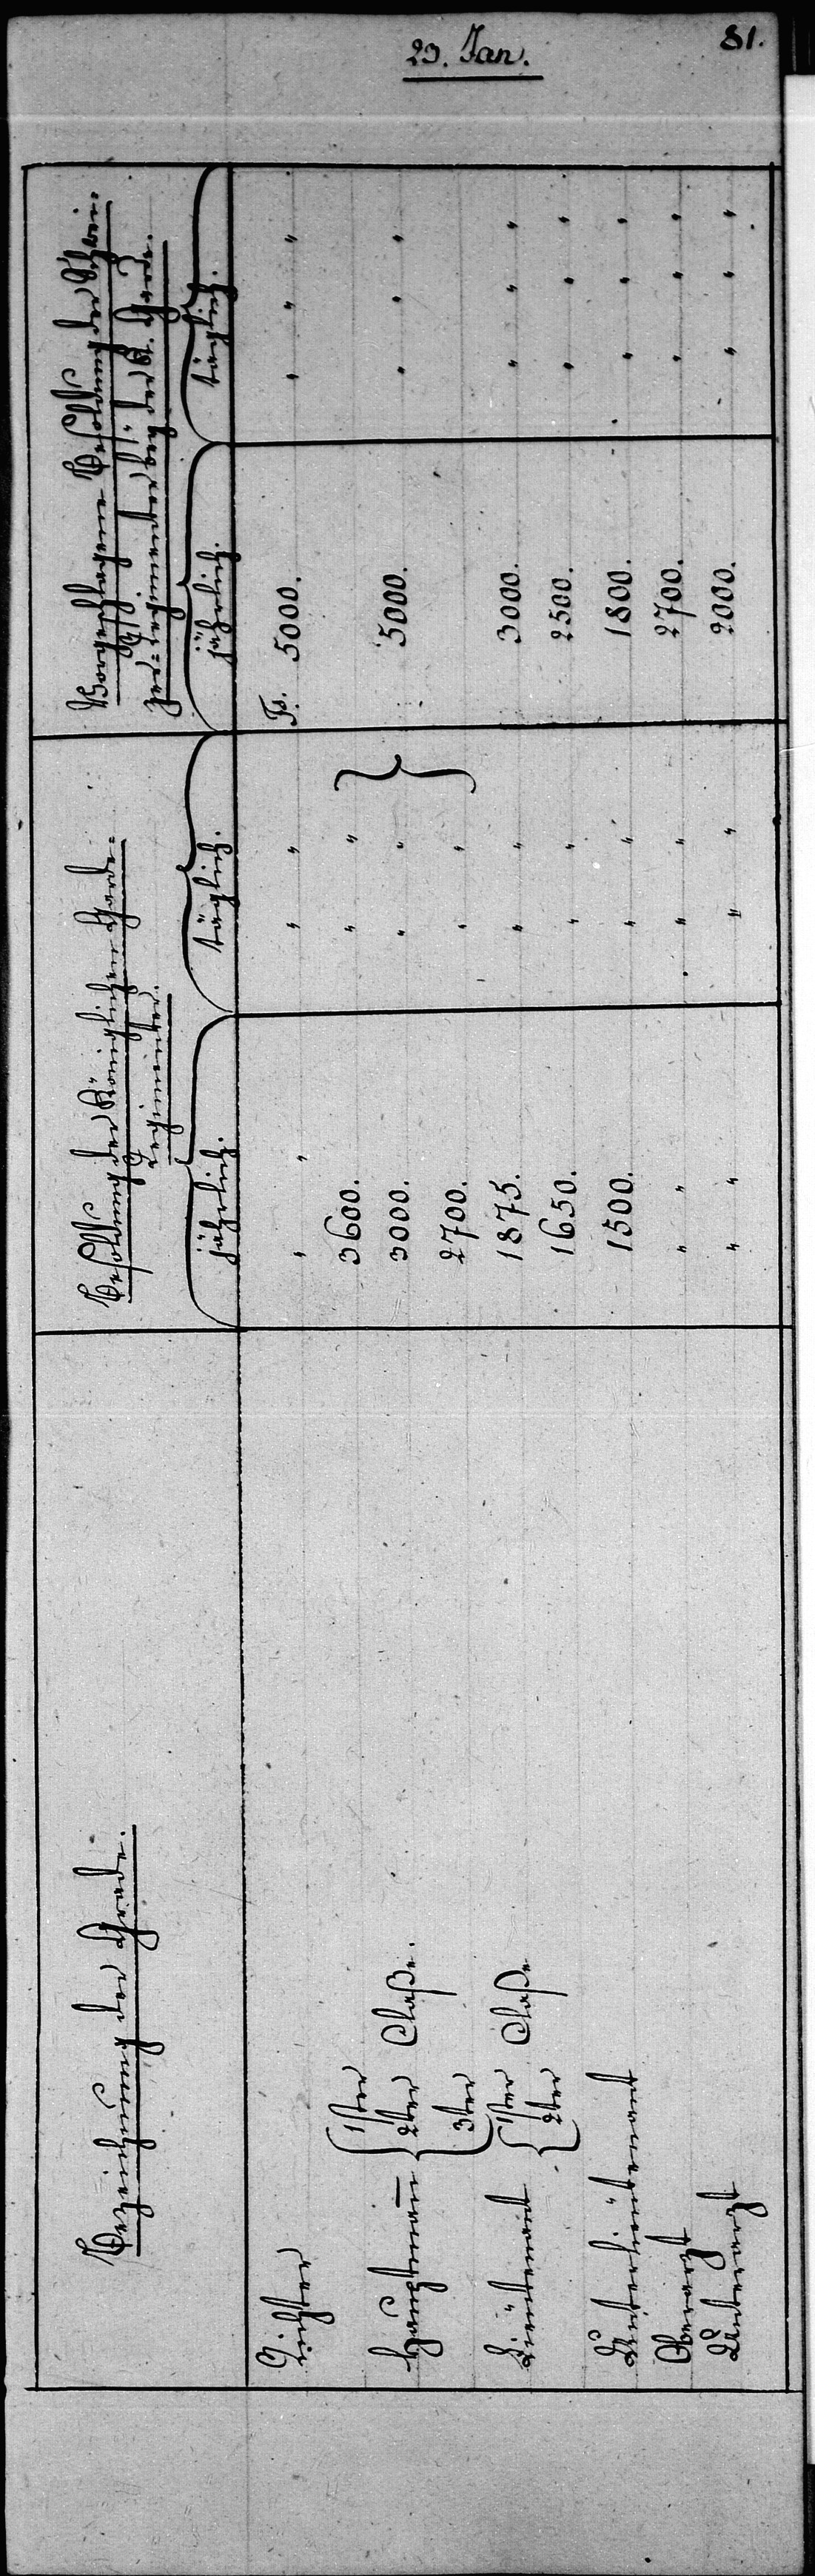
1500.
1800.

Unterarzt
2000.

1650.
Fs.
3000.
Ha¬

de.

5000.
5000.

1875.

Claße
der

K.